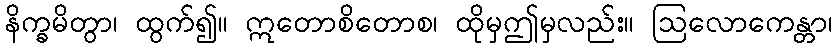
နိက္ခမိတွာ၊ ထွက်၍။ ဣတောစိတောစ၊ ထိုမှဤမှလည်း။ ဩလောကေန္တာ၊